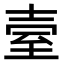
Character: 𦤼